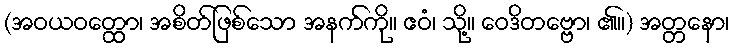
(အဝယဝတ္ထော၊ အစိတ်ဖြစ်သော အနက်ကို။ ဧဝံ၊ သို့။ ဝေဒိတဗ္ဗော၊ ၏။) အတ္တနော၊